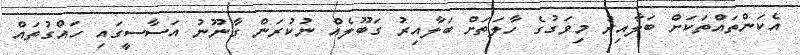
އެކަންތައްތަކަށް ބަލާއިރު މިވަގުގެ ހާލަތަށް ބަލާއިރު ގަބޫލެއް ނުކުރަން ގާނޫނު އަސާސީގައި ހައްގުތައް